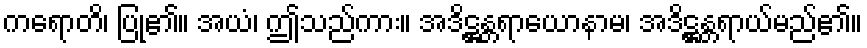
ကရောတိ၊ ပြု၏။ အယံ၊ ဤသည်ကား။ အဒိဋ္ဌန္တရာယောနာမ၊ အဒိဋ္ဌန္တရာယ်မည်၏။